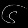
Digit: ၆